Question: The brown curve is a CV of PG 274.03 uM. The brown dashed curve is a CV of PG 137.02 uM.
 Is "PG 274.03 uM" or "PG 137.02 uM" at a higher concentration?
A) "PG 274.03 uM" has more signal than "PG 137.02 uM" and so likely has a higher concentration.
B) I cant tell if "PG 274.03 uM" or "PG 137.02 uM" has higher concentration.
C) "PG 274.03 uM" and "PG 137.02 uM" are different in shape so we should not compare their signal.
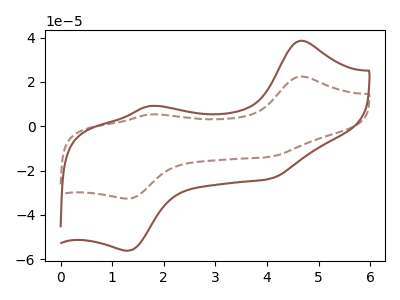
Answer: <think>The brown curve "PG 274.03 uM" has anodic peaks at (4.65V, 38.55uA) (1.70V, 9.10uA) and cathodic peaks at (4.05V, -23.75uA) (1.30V, -56.20uA). The brown dashed curve "PG 137.02 uM" has anodic peaks at (4.65V, 22.40uA) (1.70V, 5.30uA) and cathodic peaks at (4.05V, -13.80uA) (1.30V, -32.65uA).
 All the peaks in "PG 274.03 uM" have a peak in "PG 137.02 uM" at the same potential. Every peak in "PG 274.03 uM" is higher than every peak in "PG 137.02 uM".</think>
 <answer>A) "PG 274.03 uM" has more signal than "PG 137.02 uM" and so likely has a higher concentration.</answer>
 <eval>A</eval>